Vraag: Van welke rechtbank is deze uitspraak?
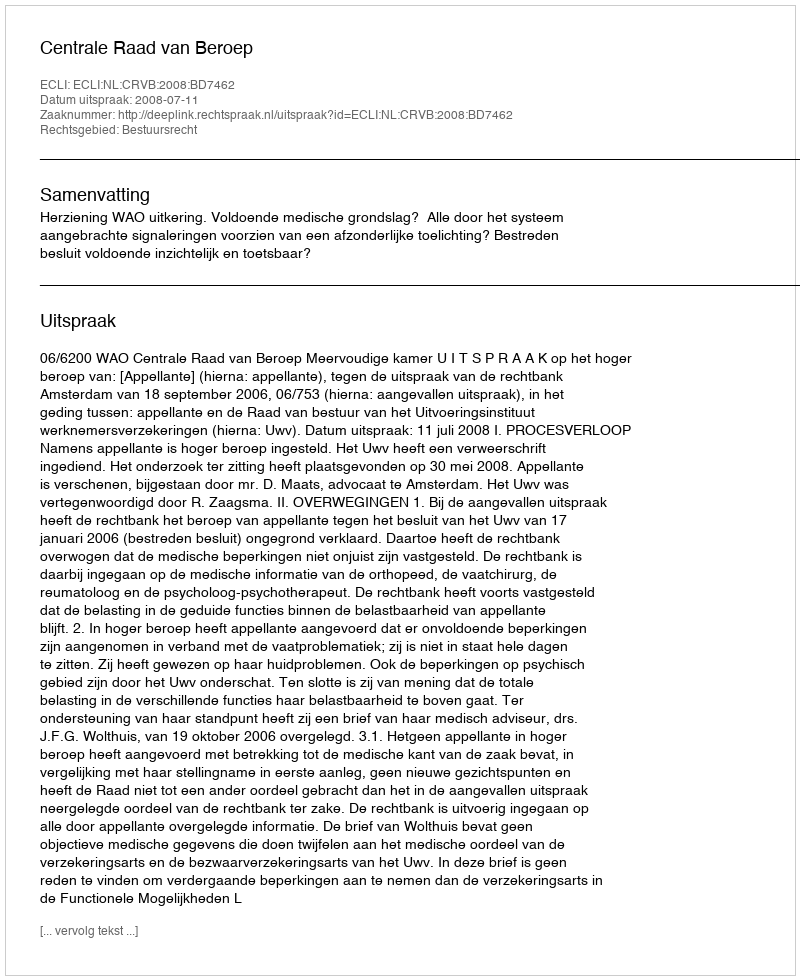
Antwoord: Centrale Raad van Beroep